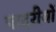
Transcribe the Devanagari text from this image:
पादरीयों